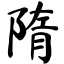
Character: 隋